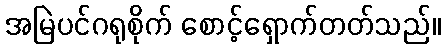
အမြဲပင်ဂရုစိုက် စောင့်ရှောက်တတ်သည်။